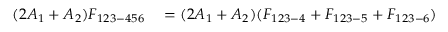
\begin{array} { r l } { ( 2 A _ { 1 } + A _ { 2 } ) F _ { 1 2 3 - 4 5 6 } } & { { } = ( 2 A _ { 1 } + A _ { 2 } ) ( F _ { 1 2 3 - 4 } + F _ { 1 2 3 - 5 } + F _ { 1 2 3 - 6 } ) } \end{array}